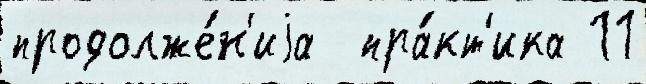
продолже́н'иjа  пра́кт'ика 11